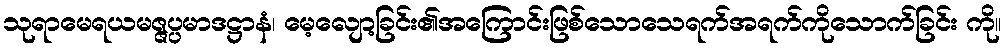
သုရာမေရယမဇ္ဇပ္ပမာဒဋ္ဌာနံ၊ မေ့လျော့ခြင်း၏အကြောင်းဖြစ်သောသေရက်အရက်ကိုသောက်ခြင်း ကို။